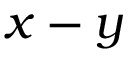
x - y